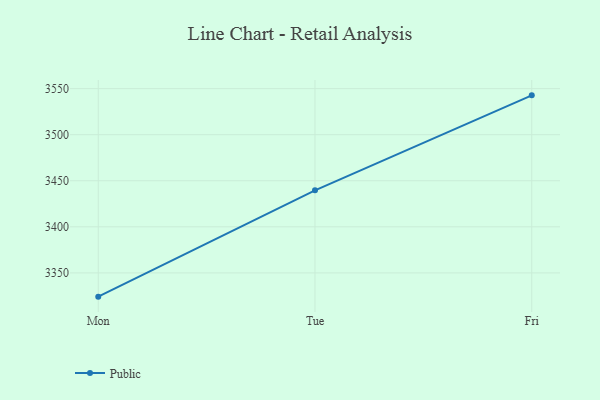
{"axis": {"x": "Day", "y": "Satisfaction Score"}, "legend": ["Public"], "data": [{"x": "Mon", "y": 3324.2, "type": "Public"}, {"x": "Tue", "y": 3439.6, "type": "Public"}, {"x": "Fri", "y": 3542.7, "type": "Public"}]}